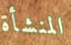
المنشأة